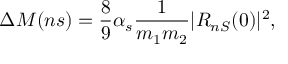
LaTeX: \Delta M ( n s ) = \frac { 8 } { 9 } \alpha _ { s } \frac { 1 } { m _ { 1 } m _ { 2 } } | R _ { n S } ( 0 ) | ^ { 2 } ,